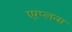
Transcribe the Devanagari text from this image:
एरप्लन्स